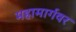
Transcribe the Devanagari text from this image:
महामार्गवर